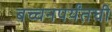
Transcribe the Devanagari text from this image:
बच्चनपर्यंतची